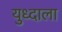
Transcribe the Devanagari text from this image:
युध्दाला